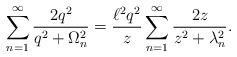
LaTeX: \begin{align*}\sum _{n=1}^{\infty }\frac{2q^{2}}{q^{2}+\Omega _{n}^{2}}=\frac{\ell ^{2}q^{2}}{z}\sum _{n=1}^{\infty }\frac{2z}{z^{2}+\lambda _{n}^{2}}.\end{align*}